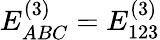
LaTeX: E_{ABC}^{(3)}=E_{123}^{(3)}